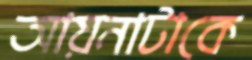
আয়নাটাকে